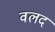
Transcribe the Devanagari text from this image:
वलद